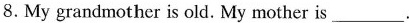
8.My grandmother is old. My mother is___.